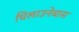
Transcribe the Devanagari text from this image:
चिलाउनेबास